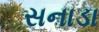
સનાડા